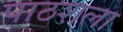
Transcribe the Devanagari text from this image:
पाठशला